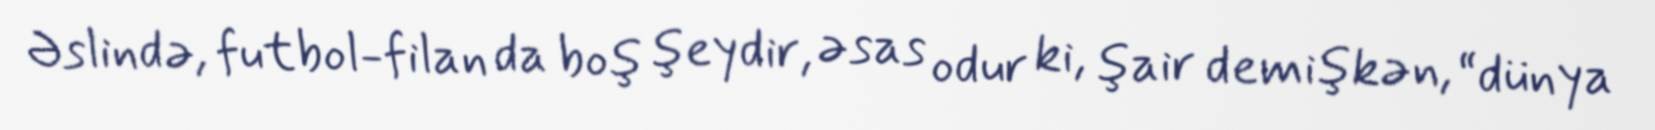
Əslində, futbol-filan da boş şeydir, əsas odur ki, şair demişkən, “dünya